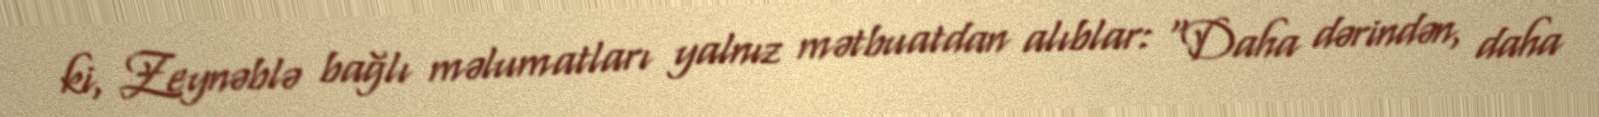
ki, Zeynəblə bağlı məlumatları yalnız mətbuatdan alıblar: “Daha dərindən, daha